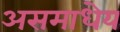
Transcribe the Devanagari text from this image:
असमाधेय